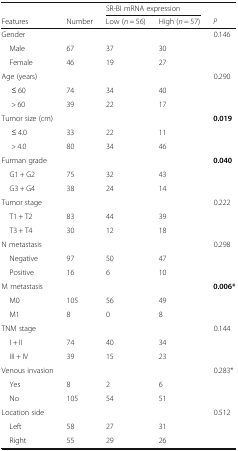
|  |  | <COLSPAN=2> SR-BI mRNA expression |  |
 | Features | Number | Low (n = 56) | High (n = 57) | P |
 | --- | --- | --- | --- | --- |
 | Gender |  |  |  | 0.146 |
 | Male | 67 | 37 | 30 |  |
 | Female | 46 | 19 | 27 |  |
 | Age (years) |  |  |  | 0.290 |
 | ≤ 60 | 74 | 34 | 40 |  |
 | > 60 | 39 | 22 | 17 |  |
 | Tumor size (cm) |  |  |  | 0.019 |
 | ≤ 4.0 | 33 | 22 | 11 |  |
 | > 4.0 | 80 | 34 | 46 |  |
 | Furman grade |  |  |  | 0.040 |
 | G1 + G2 | 75 | 32 | 43 |  |
 | G3 + G4 | 38 | 24 | 14 |  |
 | Tumor stage |  |  |  | 0.222 |
 | T1 + T2 | 83 | 44 | 39 |  |
 | T3 + T4 | 30 | 12 | 18 |  |
 | N metastasis |  |  |  | 0.298 |
 | Negative | 97 | 50 | 47 |  |
 | Positive | 16 | 6 | 10 |  |
 | M metastasis |  |  |  | 0.006* |
 | M0 | 105 | 56 | 49 |  |
 | M1 | 8 | 0 | 8 |  |
 | TNM stage |  |  |  | 0.144 |
 | I + II | 74 | 40 | 34 |  |
 | III + IV | 39 | 15 | 23 |  |
 | Venous invasion |  |  |  | 0.283* |
 | Yes | 8 | 2 | 6 |  |
 | No | 105 | 54 | 51 |  |
 | Location side |  |  |  | 0.512 |
 | Left | 58 | 27 | 31 |  |
 | Right | 55 | 29 | 26 |  |